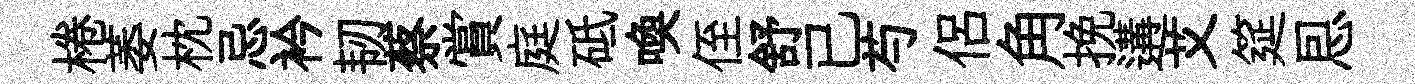
棬萎枕忌衿韧蔡賞庭砥喚侄舒已芍侶角挽遘艾筵㤙